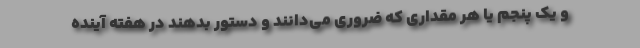
و یک پنجم یا هر مقداری که ضروری می‌دانند و دستور بدهند در هفته آینده